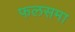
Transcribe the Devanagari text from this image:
फलसमा